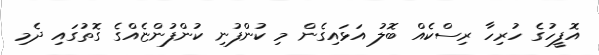
އޮފީހުގެ ހުރިހާ ރިސްކެއް ބޮލު އަޅައިގެން މި ކުންފުނި ކުންފުންޏެއްގެ ގޮތުގައި ދެމި